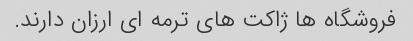
فروشگاه ها ژاکت های ترمه ای ارزان دارند.